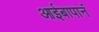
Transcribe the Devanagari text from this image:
आईबापानं